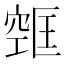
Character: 𫁔